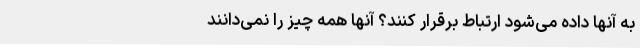
به آنها داده می‌شود ارتباط برقرار کنند؟ آنها همه چیز را نمی‌دانند